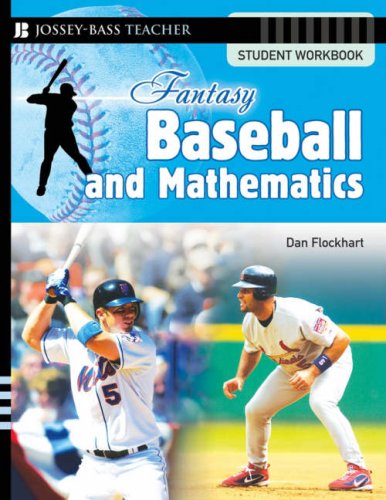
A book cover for Fantasy Baseball and Mathematics: Student Workbook; Dan Flockhart; Humor & Entertainment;